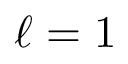
\ell = 1